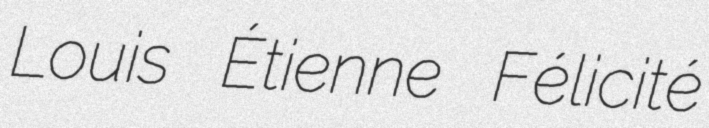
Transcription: Louis Étienne Félicité